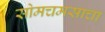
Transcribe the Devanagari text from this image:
सोमचमसाचा